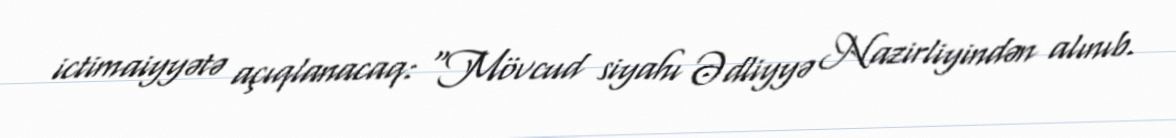
ictimaiyyətə açıqlanacaq: "Mövcud siyahı Ədliyyə Nazirliyindən alınıb.